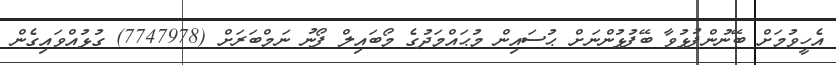
އެހީވުމަށް ބޭނުންފުޅުވާ ބޭފުޅުންނަށް ޙުސައިން މުޙައްމަދުގެ މޯބައިލް ފޯނު ނަމްބަރަށް (7747978) ގުޅުއްވައިގެން